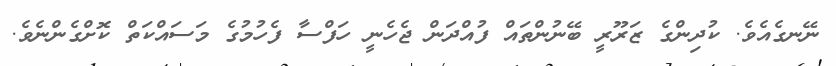
ނޭނގެއެވެ. ކުދިންގެ ޒަރޫރީ ބޭނުންތައް ފުއްދަން ޖެހެނީ ހަފްސާ ފެހުމުގެ މަސައްކަތް ކޮށްގެންނެވެ.